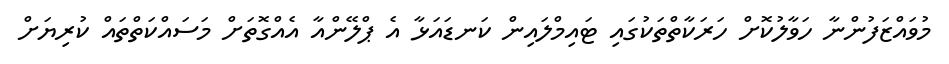
މުވައްޒަފުންނާ ހަވާލުކޮށް ހަރަކާތްތަކުގައި ޓައިމްލައިން ކަނޑައަޅާ އެ ޕްލޭންއާ އެއްގޮތަށް މަސައްކަތްތައް ކުރިޔަށް